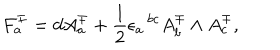
LaTeX: F _ { a } ^ { \mp } = d A _ { a } ^ { \mp } + { \frac { 1 } { 2 } } \epsilon _ { a } \, ^ { b c } A _ { b } ^ { \mp } \wedge A _ { c } ^ { \mp } ,